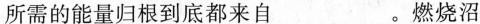
所需的能量归根到底都来自___。燃烧沼